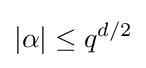
|\alpha |\leq q^{d/2}